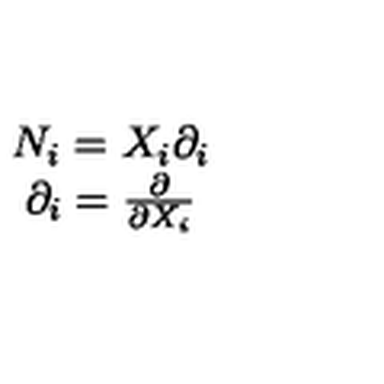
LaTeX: \begin{array} { c } { N _ { i } = X _ { i } \partial _ { i } } \\ { \partial _ { i } = \frac { \partial } { \partial X _ { i } } } \\ \end{array}